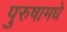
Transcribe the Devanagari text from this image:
पुरुषामधे